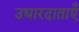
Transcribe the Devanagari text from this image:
उधारदाताएँ